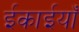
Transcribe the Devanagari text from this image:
ईकाईयाँ